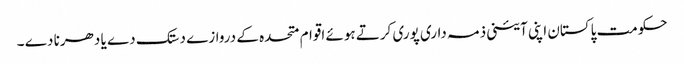
حکومت پاکستان اپنی آئینی ذمہ داری پوری کرتے ہوئے اقوام متحدہ کے دروازے دستک دے یا دھرنا دے ۔